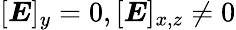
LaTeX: [\boldsymbol{E}]_{y}=0,[\boldsymbol{E}]_{x,z}\neq 0